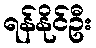
ရန်နိုင်ဦး